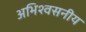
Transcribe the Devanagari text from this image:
अभिश्वसनीय